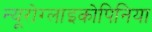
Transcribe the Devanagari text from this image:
न्यूरोग्लाइकोपिनिया